Civil Veterinary Department Bihar & Orissa reports 1911-21 - 1911-1921
Year: 1911
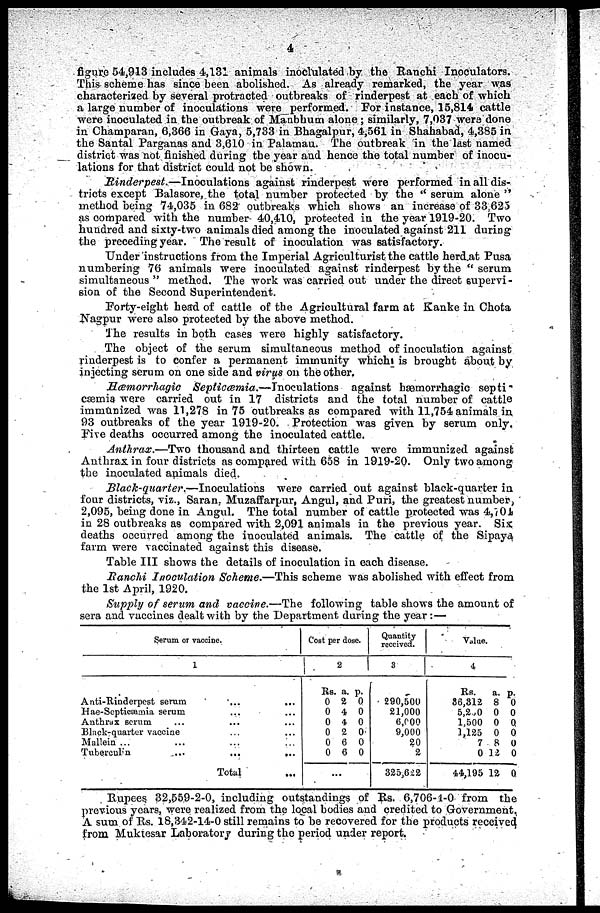
4
figure 54,913 includes 4,131 animals modulated by the Ranchi Inoculators.
This scheme has since been abolished. As already remarked, the year was
characterized by several protracted outbreaks of rinderpest at each of which
a large number of inoculations were performed. For instance, 15,814 cattle
were inoculated in the outbreak of Manbhum alone; similarly, 7,037 were done
in Champaran, 6,366 in Gaya, 5,733 in Bhagalpur, 4,561 in Shahabad, 4,385 in
the Santal Parganas and 3,610 in Palamau. The outbreak in the last named
district was not finished during the year and hence the total number of inocu-
lations for that district could not be shown.
Rinderpest.—Inoculations
against rinderpest were performed in all dis-
tricts except Balasore, the total number protected by the " serum alone "
method being 74,035 in 682 outbreaks which shows an increase of 33,625
as compared with the number 40,410, protected in the year 1919-20. Two
hundred and sixty-two animals died among the inoculated against 211 during
the preceding year. The result of inoculation was satisfactory.
Under instructions from the Imperial Agriculturist the cattle herd at Pusa
numbering 76 animals were inoculated against rinderpest by the " serum
simultaneous " method. The work was carried out under the direct supervi-
sion of the Second Superintendent.
Forty-eight head of cattle of the Agricultural farm at Kanke in Chota
Nagpur were also protected by the above method.
The results in both cases were highly satisfactory.
The object of the serum simultaneous method of inoculation against
rinderpest is to confer a permanent immunity which is brought about by
injecting serum on one side and virus on the other.
Hæmorrhagic Septicæmia.—Inoculations
against hæmorrhagic septi-
cæmia were carried out in 17 districts and the total number of cattle
immunized was 11,278 in 75 outbreaks as compared with 11,754 animals in
93 outbreaks of the year 1919-20. Protection was given by serum only.
Five deaths occurred among the inoculated cattle.
Anthrax.—Two thousand and thirteen cattle were immunized against
Anthrax in four districts as compared with 658 in 1919-20. Only two among
the inoculated animals died.
Black-quarter.—Inoculations
were carried out against black-quarter in
four districts, viz., Saran ; Muzaffarpur, Angul, and Puri, the greatest number,
2,095, being done in Angul. The total number of cattle protected was 4,704
in 28 outbreaks as compared with 2,091 animals in the previous year. Six
deaths occurred among the inoculated animals. The cattle of the Sipaya
farm were vaccinated against this disease.
Table III shows the details of inoculation in each disease.
Ranchi Inoculation Scheme.—This scheme was abolished with effect from
the 1st April, 1920.
Supply of serum and vaccine.—The following table shows the amount of
sera and vaccines dealt with by the Department during the year :—
Serum or vaccine.
1
Anti-Rinderpest serum ... ...
Hae-Septicæmia serum ... ...
Anthrax serum ... ... ...
Black-quarter vaccine ... ...
Mallein ... ... ... ...
Tubereulin ... ... ...
Total
...
Cost per dose.
2
Rs.
0
0
0
0
0
0
a.
2
4
4
2
6
6
p.
0
0
0
0
0
0
...
Quantity
received.
3
290,500
21,000
6,000
9,000
20
2
325,622
Value.
4
Rs.
36,812
5,2,0
1,500
1,125
7
0
44,195
a.
8
0
0 0
0
8
12
12
p.
0
0
0
0
0
0
Rupees. 32,559-2-0, including outstandings of Rs. 6,706-1-0 from the
previous years, were realized from the local bodies and credited to Government.
A sum of Rs. 18,342-14-0 still remains to be recovered for the products received
from Muktesar Laboratory during the period under report.